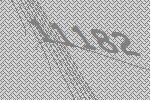
11182